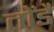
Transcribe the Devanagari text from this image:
तोंडै